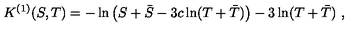
K ^ { ( 1 ) } ( S , T ) = - \ln \left( S + \bar { S } - 3 c \ln ( T + \bar { T } ) \right) - 3 \ln ( T + \bar { T } ) \ ,